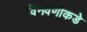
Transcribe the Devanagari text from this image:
विनवणीकडे